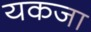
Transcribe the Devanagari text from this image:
यकजा